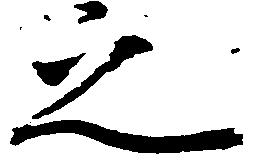
之